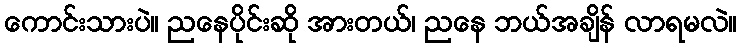
ကောင်းသားပဲ။ ညနေပိုင်းဆို အားတယ်၊ ညနေ ဘယ်အချိန် လာရမလဲ။